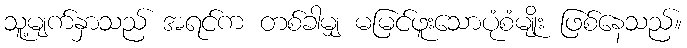
သူ့မျက်နှာသည် အရင်က တစ်ခါမျှ မမြင်ဖူးသောပုံစံမျိုး ဖြစ်နေသည်။